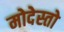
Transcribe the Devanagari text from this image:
मोदेस्तो